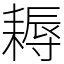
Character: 耨